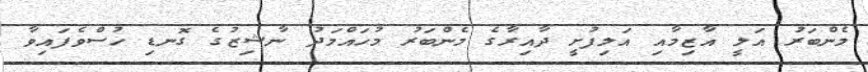
މެންބަރު އަލީ އާޒިމާއި އަލިފުށީ ދާއިރާގެ މެންބަރު މުހައްމަދު ނާޝިޒުގެ ގޮނޑި ހުސްވެފައިވާ